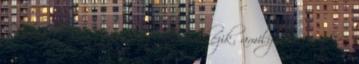
a lábait. Szerintem ő talpra érkezik, amilyen ügyes, én